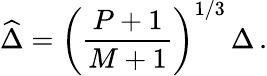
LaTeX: \widehat{\Delta}=\left(\frac{P+1}{M+1}\right)^{1/3}\, \Delta\, .